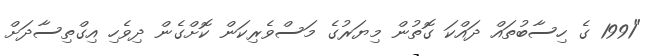
"1991 ގެ ހިސާބުތައް ދައްކަ ގޮތުން މިޔަރުގެ މަސްވެރިކަން ކޮށްގެން ދިވެހި އިގްތިސާދަށް